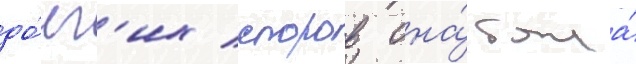
до́лг'их споров она́ была́